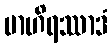
ဗာဟိရဿာဒံ